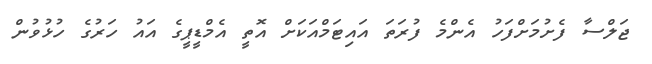
ޖަލްސާ ފެށުމަށްފަހު އެންމެ ފުރަތަ އައިޓަމްއަކަށް އޮތީ އެމްޑީޕީގެ އައު ހަރުގެ ހުޅުވުން